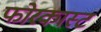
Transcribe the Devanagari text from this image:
फोरकास्ट